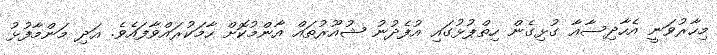
މިހާރުވަނީ އެހާދިސާއާ ގުޅިގެން ހިތްޕުޅުގައި އުފެދުނު ޝުއޫރުތައް އާންމުކޮށް ހާމަކުރައްވާފައެވެ. އަދި މަންމާފުޅު